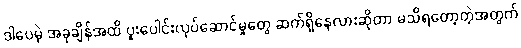
ဒါပေမဲ့ အခုချိန်အထိ ပူးပေါင်းလုပ်ဆောင်မှုတွေ ဆက်ရှိနေလားဆိုတာ မသိရတော့တဲ့အတွက်